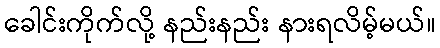
ခေါင်းကိုက်လို့ နည်းနည်း နားရလိမ့်မယ်။